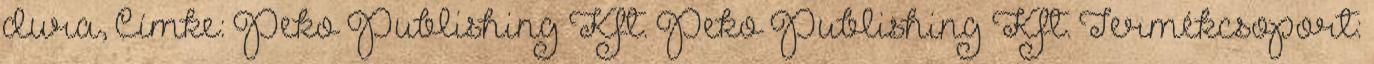
dura, Címke: Peko Publishing Kft. Peko Publishing Kft. Termékcsoport: